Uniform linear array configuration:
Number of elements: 64
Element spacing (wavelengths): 0.75
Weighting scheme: hamming
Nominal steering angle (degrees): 60
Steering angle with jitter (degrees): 59.56
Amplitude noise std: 0.05
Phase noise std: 0.05

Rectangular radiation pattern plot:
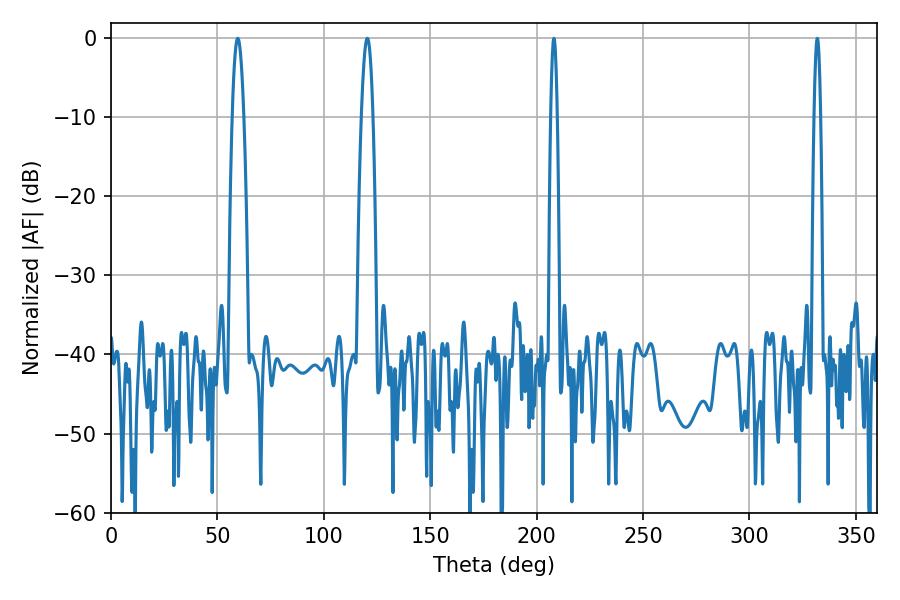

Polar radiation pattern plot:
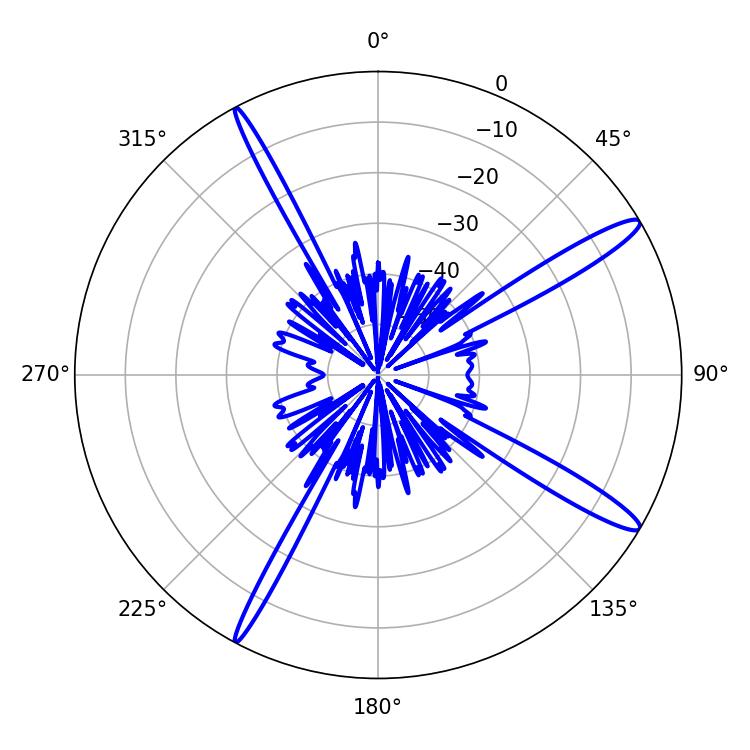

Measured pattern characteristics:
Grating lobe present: TRUE
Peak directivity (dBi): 14.706
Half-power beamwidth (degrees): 2.88
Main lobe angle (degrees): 59.58